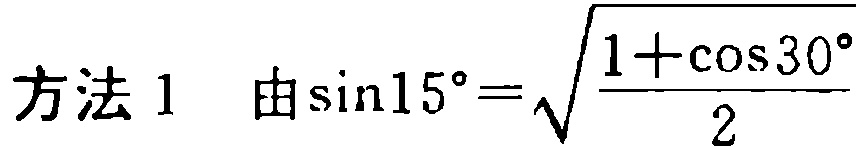
方法 1  由\(\sin15^{\circ}=\sqrt{\frac{1 + \cos30^{\circ}}{2}}\)